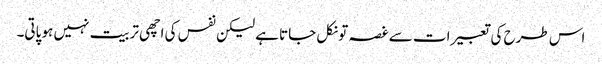
اس طرح کی تعبیرات سے غصہ تو نکل جاتا ہے لیکن نفس کی اچھی تربیت نہیں ہو پاتی۔